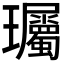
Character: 𬎠